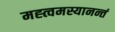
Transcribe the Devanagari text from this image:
मह्त्वमस्यानन्तं